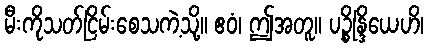
မီးကိုသတ်ငြိမ်းစေသကဲ့သို့။ ဧဝံ၊ ဤအတူ။ ပဉ္စိန္ဒြိယေဟိ၊